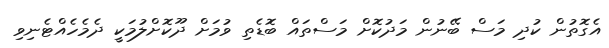
އެގޮތުން ކުދި މަސް ބޭނުން މަދުކޮށް މަސްތައް ބޮޑެތި ވުމަށް ދޫކޮށްލުމަކީ ދެމެހެއްޓެނިވި